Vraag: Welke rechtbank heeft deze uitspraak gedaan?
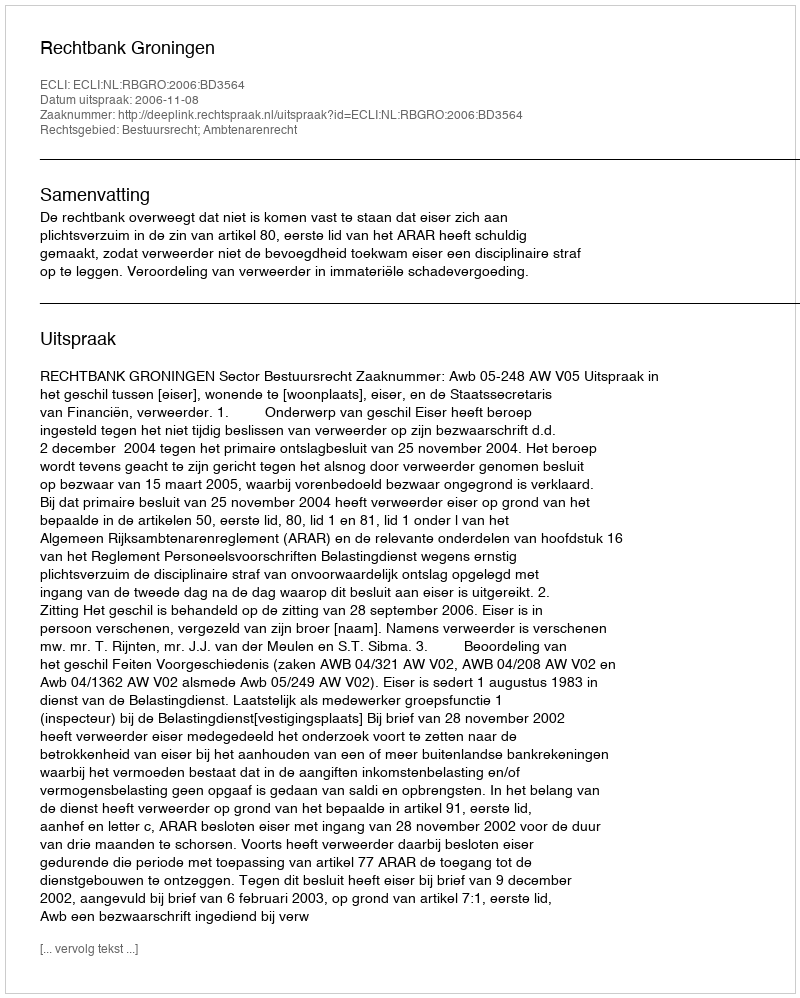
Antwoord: Rechtbank Groningen